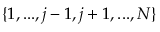
\{ 1 , . . . , j - 1 , j + 1 , . . . , N \}